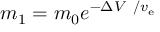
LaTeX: m _ { 1 } = m _ { 0 } e ^ { - \Delta V \ / v _ { \mathrm { e } } }